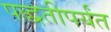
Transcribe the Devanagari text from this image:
पद्धतीपर्यंत